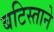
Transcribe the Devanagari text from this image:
बटिस्ताने